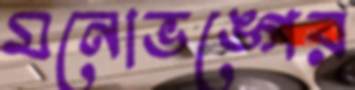
মনোভঙ্গের